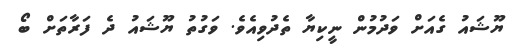
ޔޫޝައު ގެއަށް ވަދުމުން ނީކިޔާ ތެދުވިއެވެ. ވަގުތު ޔޫޝައު ދެ ފަރާތަށް ބޯ